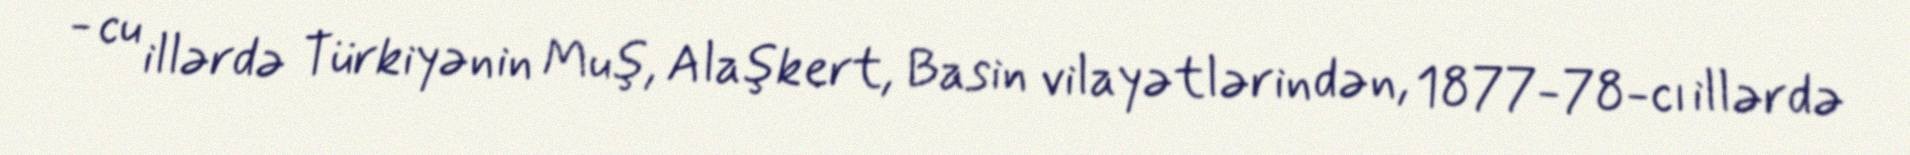
- cu illərdə Türkiyənin Muş, Alaşkert, Basin vilayətlərindən, 1877-78-cı illərdə